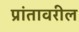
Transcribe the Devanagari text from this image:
प्रांतावरील